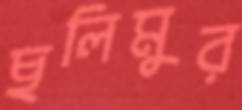
ছলিমুর